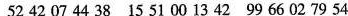
52 42 07 44 38 15 51 00 13 42 99 66 02 79 54